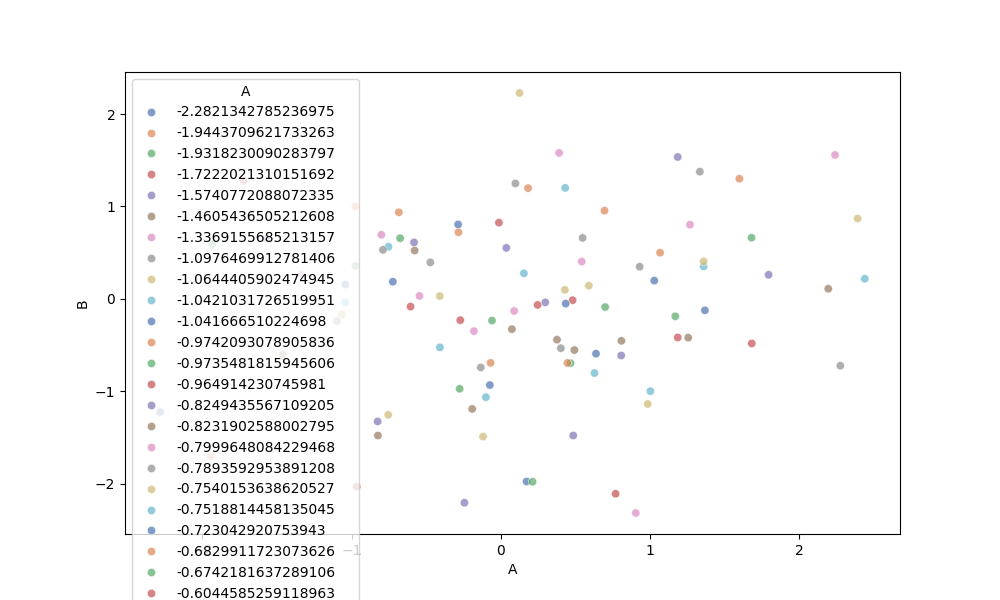
python, seaborn, scatterplot, hue='A', style='None', size='None', palette='deep', alpha=0.7